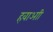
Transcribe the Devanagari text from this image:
हवाआी